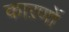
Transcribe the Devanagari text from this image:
काऱणों